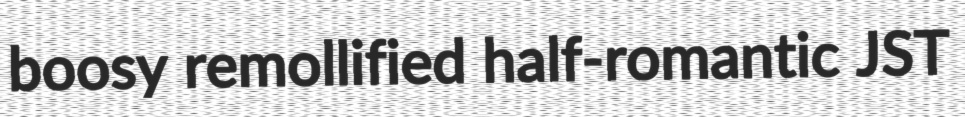
boosy remollified half-romantic JST